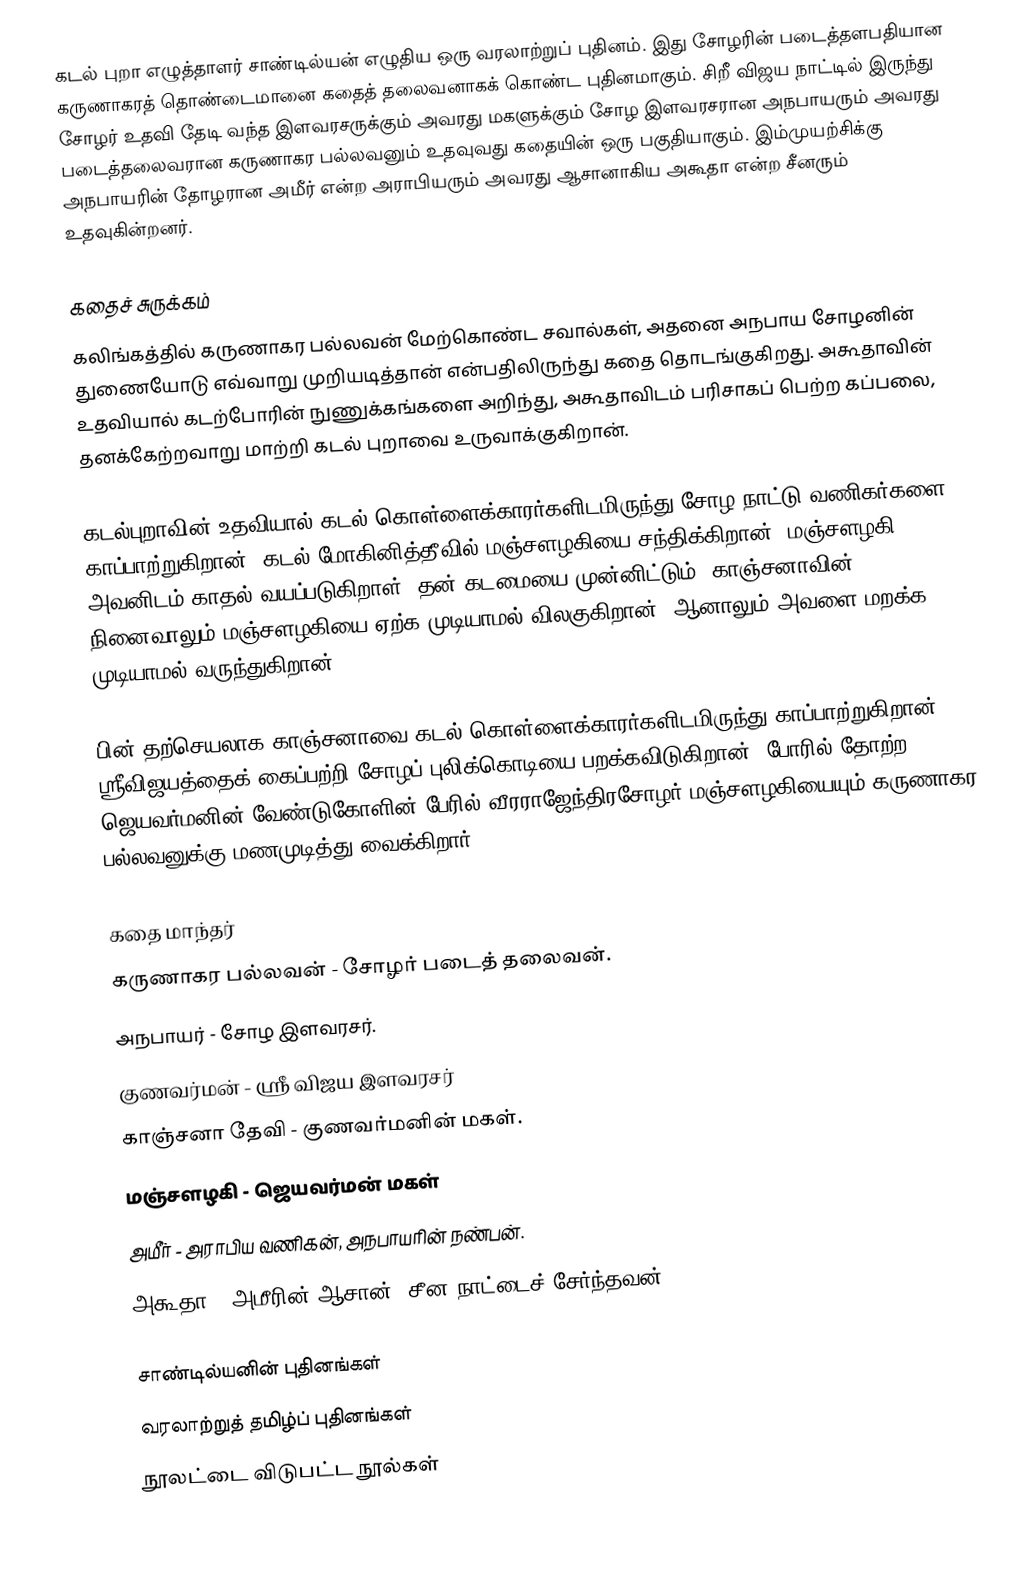
கடல் புறா எழுத்தாளர் சாண்டில்யன் எழுதிய ஒரு வரலாற்றுப் புதினம். இது சோழரின் படைத்தளபதியான கருணாகரத் தொண்டைமானை கதைத் தலைவனாகக் கொண்ட புதினமாகும். சிறீ விஜய நாட்டில் இருந்து சோழர் உதவி தேடி வந்த   இளவரசருக்கும் அவரது மகளுக்கும் சோழ இளவரசரான அநபாயரும் அவரது படைத்தலைவரான கருணாகர பல்லவனும்  உதவுவது கதையின் ஒரு பகுதியாகும். இம்முயற்சிக்கு அநபாயரின் தோழரான அமீர் என்ற அராபியரும் அவரது ஆசானாகிய அகூதா என்ற சீனரும் உதவுகின்றனர்.

கதைச்  சுருக்கம்
கலிங்கத்தில் கருணாகர பல்லவன் மேற்கொண்ட சவால்கள், அதனை அநபாய சோழனின் துணையோடு எவ்வாறு முறியடித்தான் என்பதிலிருந்து கதை தொடங்குகிறது. அகூதாவின் உதவியால் கடற்போரின் நுணுக்கங்களை அறிந்து, அகூதாவிடம் பரிசாகப் பெற்ற கப்பலை, தனக்கேற்றவாறு மாற்றி கடல் புறாவை உருவாக்குகிறான்.

கடல்புறாவின் உதவியால் கடல் கொள்ளைக்காரர்களிடமிருந்து சோழ நாட்டு வணிகர்களை காப்பாற்றுகிறான். கடல் மோகினித்தீவில் மஞ்சளழகியை சந்திக்கிறான். மஞ்சளழகி அவனிடம் காதல் வயப்படுகிறாள். தன் கடமையை முன்னிட்டும், காஞ்சனாவின் நினைவாலும் மஞ்சளழகியை ஏற்க முடியாமல் விலகுகிறான். ஆனாலும் அவளை மறக்க முடியாமல் வருந்துகிறான்.

பின் தற்செயலாக காஞ்சனாவை  கடல்  கொள்ளைக்காரர்களிடமிருந்து காப்பாற்றுகிறான். ஸ்ரீவிஜயத்தைக் கைப்பற்றி சோழப் புலிக்கொடியை பறக்கவிடுகிறான். போரில் தோற்ற ஜெயவர்மனின் வேண்டுகோளின் பேரில் வீரராஜேந்திரசோழர் மஞ்சளழகியையும் கருணாகர பல்லவனுக்கு  மணமுடித்து வைக்கிறார்.

கதை மாந்தர்
 கருணாகர பல்லவன் - சோழர் படைத் தலைவன்.
 அநபாயர் - சோழ இளவரசர்.
 குணவர்மன் - ஶ்ரீ விஜய இளவரசர்
 காஞ்சனா தேவி - குணவர்மனின் மகள்.
 மஞ்சளழகி - ஜெயவர்மன் மகள்
 அமீர் - அராபிய வணிகன், அநபாயரின் நண்பன்.
 அகூதா - அமீரின் ஆசான், சீன நாட்டைச் சேர்ந்தவன்.

சாண்டில்யனின் புதினங்கள்
வரலாற்றுத் தமிழ்ப் புதினங்கள்
நூலட்டை விடுபட்ட நூல்கள்